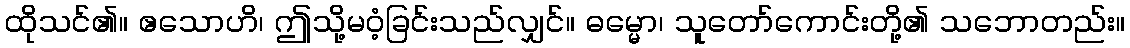
ထိုသင်၏။ ဧသောဟိ၊ ဤသို့မဝံ့ခြင်းသည်လျှင်။ ဓမ္မော၊ သူတော်ကောင်းတို့၏ သဘောတည်း။